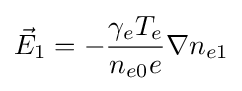
{\vec {E}}_{1}=-{\gamma _{e}T_{e} \over n_{e0}e}\nabla n_{e1}